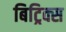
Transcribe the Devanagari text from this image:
बिट्रिक्स